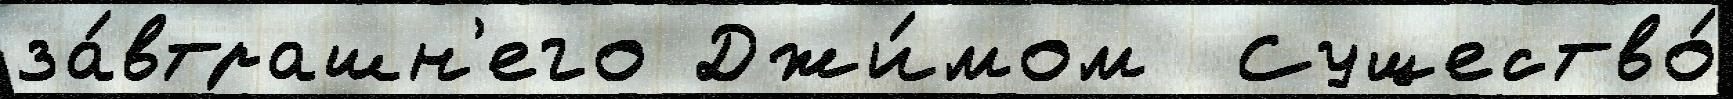
за́втрашн'его Джи́мом  Существо́